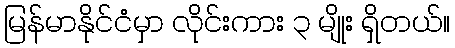
မြန်မာနိုင်ငံမှာ လိုင်းကား ၃ မျိုး ရှိတယ်။